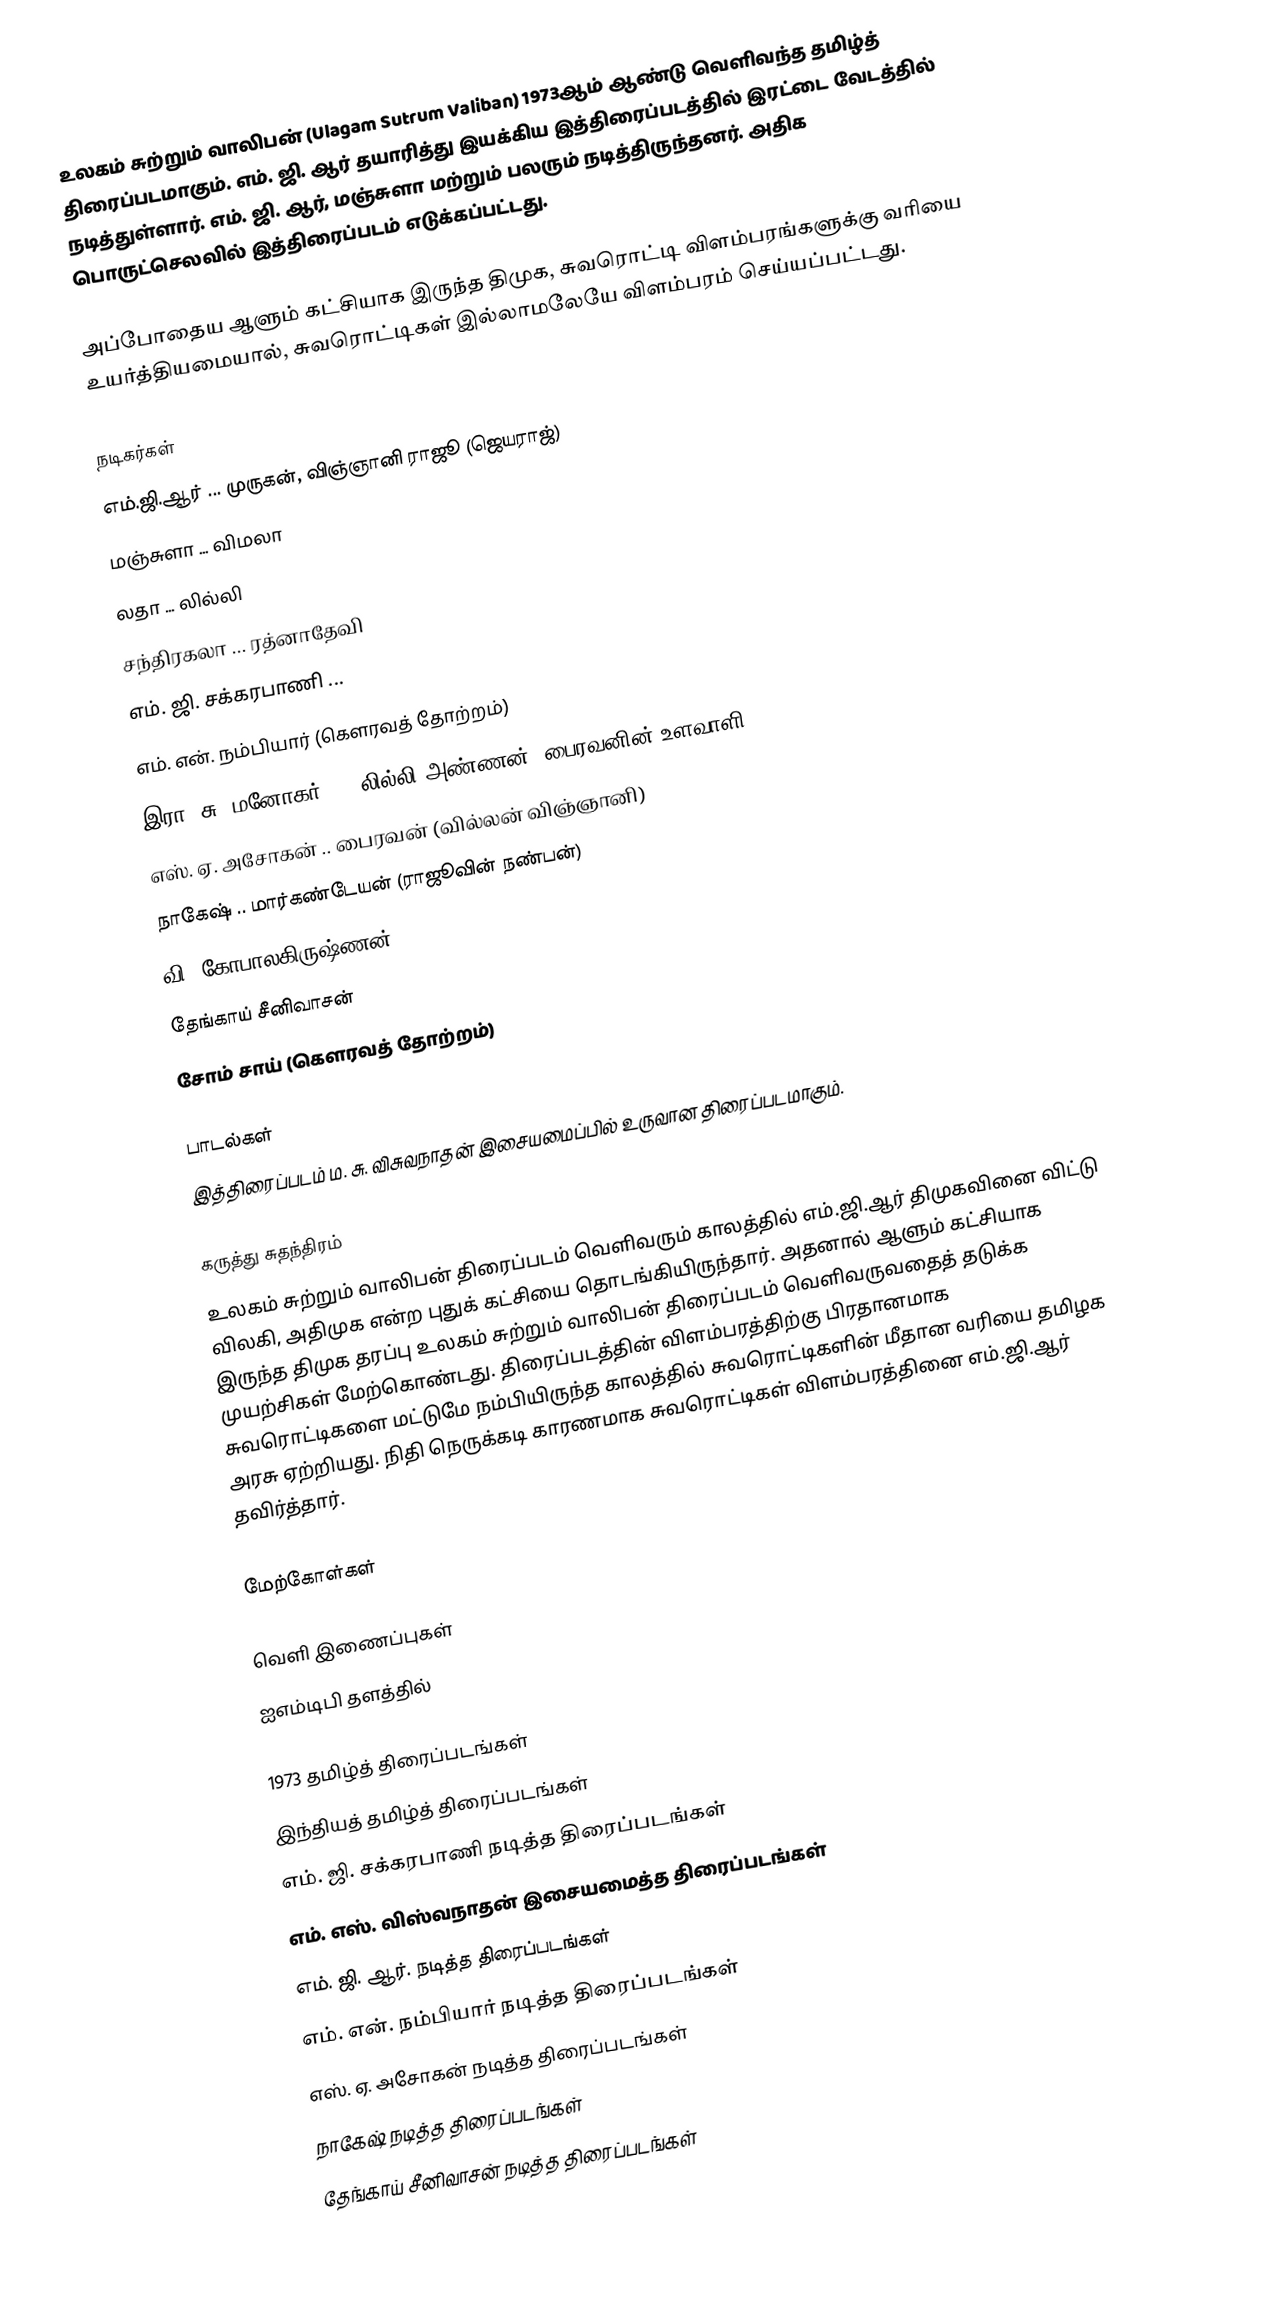
உலகம் சுற்றும் வாலிபன் (Ulagam Sutrum Valiban) 1973ஆம் ஆண்டு வெளிவந்த தமிழ்த் திரைப்படமாகும். எம். ஜி. ஆர் தயாரித்து இயக்கிய இத்திரைப்படத்தில் இரட்டை வேடத்தில் நடித்துள்ளார். எம். ஜி. ஆர், மஞ்சுளா மற்றும் பலரும் நடித்திருந்தனர். அதிக பொருட்செலவில் இத்திரைப்படம் எடுக்கப்பட்டது.

அப்போதைய ஆளும் கட்சியாக இருந்த திமுக, சுவரொட்டி விளம்பரங்களுக்கு வரியை உயர்த்தியமையால், சுவரொட்டிகள் இல்லாமலேயே விளம்பரம் செய்யப்பட்டது.

நடிகர்கள்
எம்.ஜி.ஆர் ... முருகன், விஞ்ஞானி ராஜூ (ஜெயராஜ்)
மஞ்சுளா ... விமலா
லதா ... லில்லி
சந்திரகலா ... ரத்னாதேவி
எம். ஜி. சக்கரபாணி ...
எம். என். நம்பியார் (கௌரவத் தோற்றம்)
இரா. சு. மனோகர் ... லில்லி அண்ணன் (பைரவனின் உளவாளி)
எஸ். ஏ. அசோகன் .. பைரவன் (வில்லன் விஞ்ஞானி)
நாகேஷ் .. மார்கண்டேயன் (ராஜூவின் நண்பன்)
வி. கோபாலகிருஷ்ணன்
தேங்காய் சீனிவாசன்
சோம் சாய் (கௌரவத் தோற்றம்)

பாடல்கள்
இத்திரைப்படம் ம. சு. விசுவநாதன் இசையமைப்பில் உருவான திரைப்படமாகும்.

கருத்து சுதந்திரம்
உலகம் சுற்றும் வாலிபன் திரைப்படம் வெளிவரும் காலத்தில் எம்.ஜி.ஆர் திமுகவினை விட்டு விலகி, அதிமுக என்ற புதுக் கட்சியை தொடங்கியிருந்தார். அதனால் ஆளும் கட்சியாக இருந்த திமுக தரப்பு உலகம் சுற்றும் வாலிபன் திரைப்படம் வெளிவருவதைத் தடுக்க முயற்சிகள் மேற்கொண்டது. திரைப்படத்தின் விளம்பரத்திற்கு பிரதானமாக சுவரொட்டிகளை மட்டுமே நம்பியிருந்த காலத்தில் சுவரொட்டிகளின் மீதான வரியை தமிழக அரசு ஏற்றியது. நிதி நெருக்கடி காரணமாக சுவரொட்டிகள் விளம்பரத்தினை எம்.ஜி.ஆர் தவிர்த்தார்.

மேற்கோள்கள்

வெளி இணைப்புகள்
 ஐஎம்டிபி தளத்தில்

1973 தமிழ்த் திரைப்படங்கள்
இந்தியத் தமிழ்த் திரைப்படங்கள்
எம். ஜி. சக்கரபாணி நடித்த திரைப்படங்கள்
எம். எஸ். விஸ்வநாதன் இசையமைத்த திரைப்படங்கள்
எம். ஜி. ஆர். நடித்த திரைப்படங்கள்
எம். என். நம்பியார் நடித்த திரைப்படங்கள்
எஸ். ஏ. அசோகன் நடித்த திரைப்படங்கள்
நாகேஷ் நடித்த திரைப்படங்கள்
தேங்காய் சீனிவாசன் நடித்த திரைப்படங்கள்